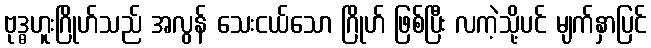
ဗုဒ္ဓဟူးဂြိုဟ်သည် အလွန် သေးငယ်သော ဂြိုဟ် ဖြစ်ပြီး လကဲ့သို့ပင် မျက်နှာပြင်